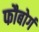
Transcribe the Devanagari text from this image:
फौबोर्ग